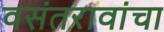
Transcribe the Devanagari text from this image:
वसंतरावांचा